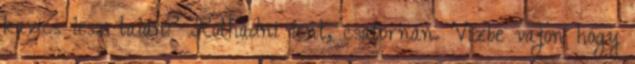
kavics lesz talán? Rothadni lent, csatornán. Vízbe vajon hogy